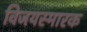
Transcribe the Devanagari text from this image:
विजयस्मारक